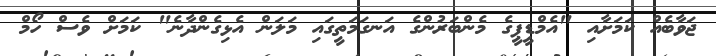
ޖަވާބެއް ކަމަށާއި "އެމްޑީޕީގެ މެންބަރުންގެ އަނގަމަތީގައި މަލަން އެޅިގެންދާނެ" ކަަމަށް ވެސް ހޯމް